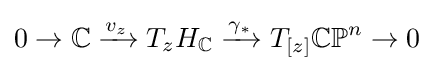
0\to \mathbb {C} \xrightarrow {v_{z}} T_{z}H_{\mathbb {C} }\xrightarrow {\gamma _{*}} T_{[z]}\mathbb {CP} ^{n}\to 0